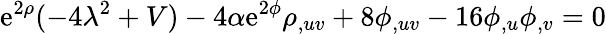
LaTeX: \mathrm{e}^{2\rho}(-4\lambda^{2}+V)-4\alpha\mathrm{e}^{2\phi}\rho_{,uv}+8\phi_{,uv}-16\phi_{,u}\phi_{,v}=0